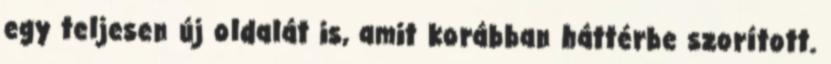
egy teljesen új oldalát is, amit korábban háttérbe szorított.